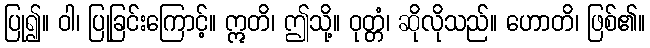
ပြု၍။ ဝါ၊ ပြုခြင်းကြောင့်။ ဣတိ၊ ဤသို့။ ဝုတ္တံ၊ ဆိုလိုသည်။ ဟောတိ၊ ဖြစ်၏။